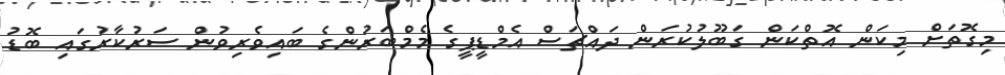
މިގޮތަށް މިކަން އޮތްކަން ގަބޫލުކުރަން ދައްޗަސް އެމްޑީޕީގެ މެމްބަރުންގެ ބައިވެރިވުން ސަރުކާރުގައި ބޮޑު